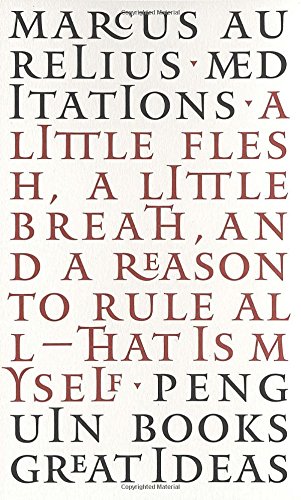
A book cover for Meditations (Penguin Great Ideas); Marcus Aurelius; History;